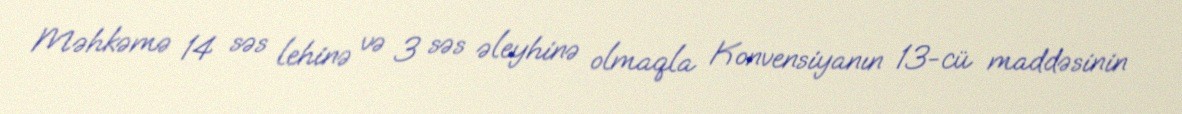
Məhkəmə 14 səs lehinə və 3 səs əleyhinə olmaqla Konvensiyanın 13-cü maddəsinin